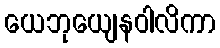
ယေဘုယျေနဝါလိကာ